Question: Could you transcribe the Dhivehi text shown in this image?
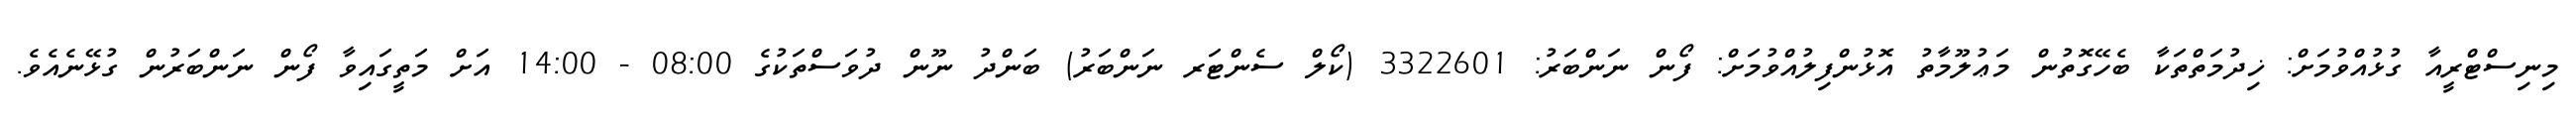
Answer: މިނިސްޓްރީއާ ގުޅުއްވުމަށް: ޚިދުމަތްތަކާ ބެހޭގޮތުން މަޢުލޫމާތު އޮޅުންފިލުއްވުމަށް: ފޯން ނަންބަރު: 3322601 (ކޯލް ސެންޓަރ ނަންބަރު) ބަންދު ނޫން ދުވަސްތަކުގެ 08:00 - 14:00 އަށް މަތީގައިވާ ފޯން ނަންބަރުން ގުޅޭނެއެވެ.